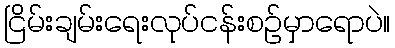
ငြိမ်းချမ်းရေးလုပ်ငန်းစဉ်မှာရောပဲ။